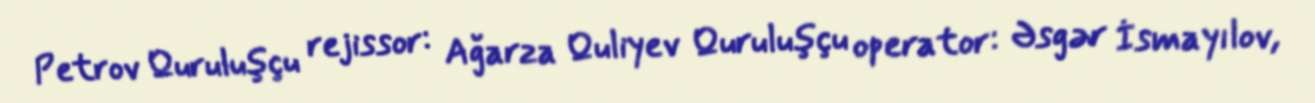
Petrov Quruluşçu rejissor: Ağarza Quliyev Quruluşçu operator: Əsgər İsmayılov,